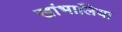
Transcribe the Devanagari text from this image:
खांभालिया